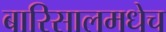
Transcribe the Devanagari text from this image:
बारिसालमधेच